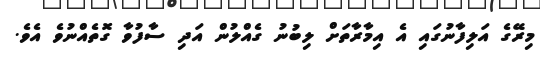
މިރޭގެ އަލިފާނުގައި އެ އިމާރާތަށް ލިބުނު ގެއްލުން އަދި ސާފުވާ ގޮތެއްނުވެ އެވެ.